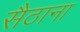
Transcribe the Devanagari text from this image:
सैठाना